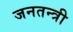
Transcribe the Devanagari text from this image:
जनतन्त्री